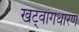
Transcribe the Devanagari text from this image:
खट्‌वांगधारण